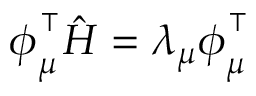
\boldsymbol { \phi } _ { \mu } ^ { \intercal } { \hat { H } } = \lambda _ { \mu } \boldsymbol { \phi } _ { \mu } ^ { \intercal }